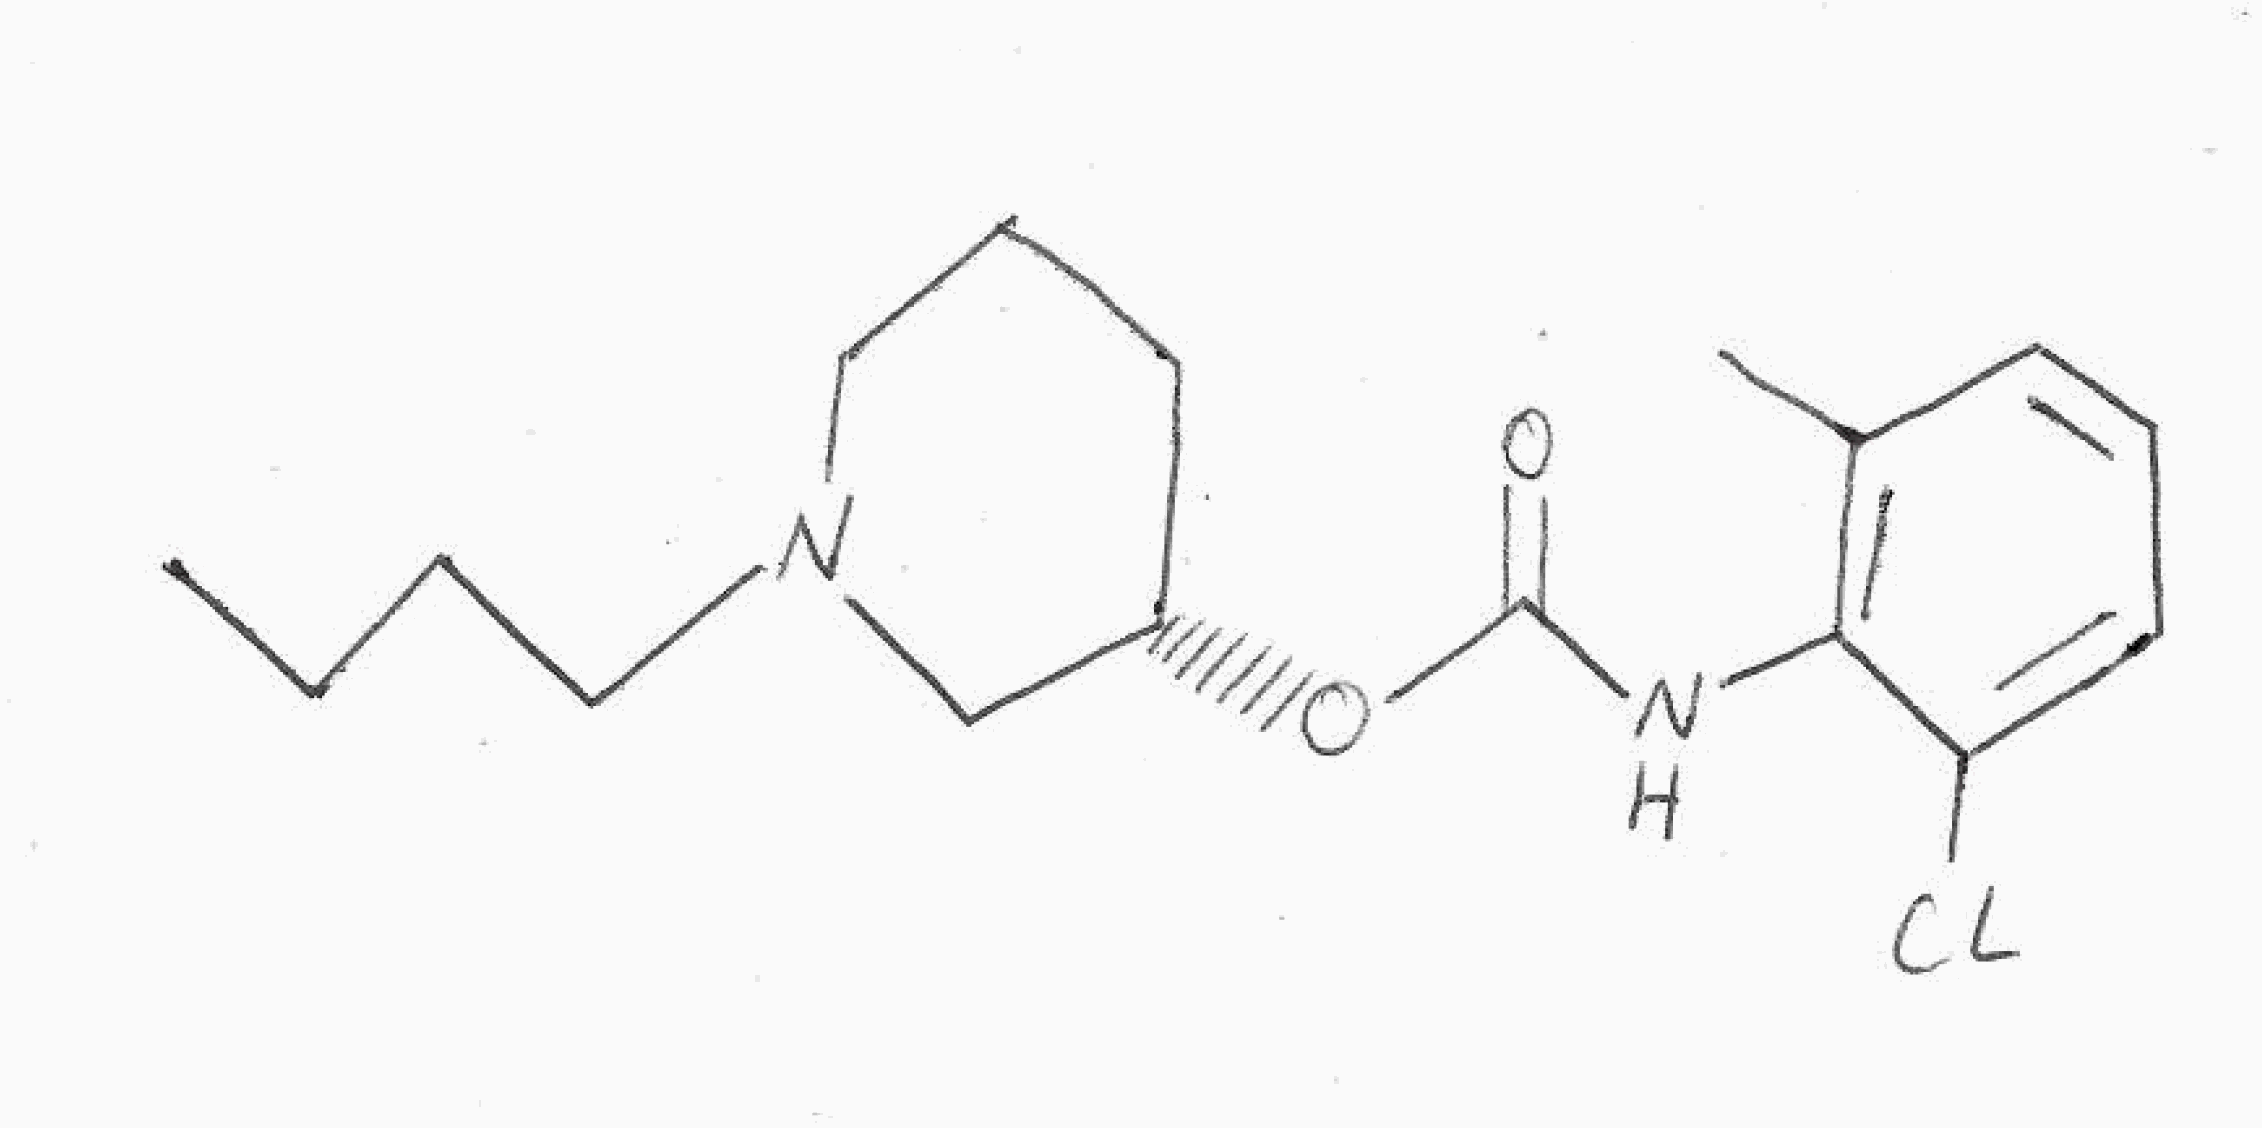
Simplified molecular-input line-entry system (SMILES) notation of the given molecule:
CCCCN1CCC[C@@H](C1)OC(=O)NC2=C(C=CC=C2Cl)C